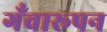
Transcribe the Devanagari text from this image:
गँवारूपन